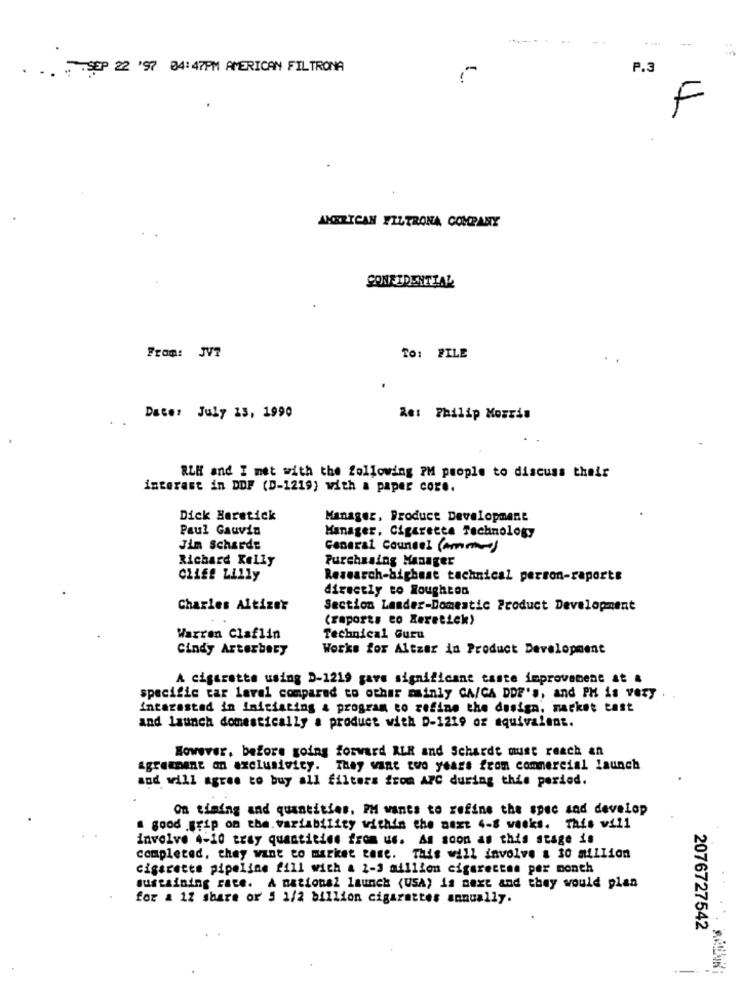
.
.. . SEP 22 '97 04:47PM AMERICAN FILTRONA
P.3
F
AMERICAN FILTRONA COMPANY
CONFIDENTIAL
From: JV7
TO: FILE
Date: July 13, 1990
Re: Philip Morris
RLH and I met with the following PM people to discuss their
interest in DDF (D-1219) with a paper core.
Dick Heretick
Manager, Product Development
Paul Gauvin
Manager, Cigaretta Technology
Jim Schardt
General Counsel (Amm)
Richard Kelly
Purchasing Manager
Cliff Lilly
Research-highest technical person-raports
directly to Roughton
Charles Altizer
Section Lander-Domestic Product Development
(raports co Keretick)
Warren Claflin
Technical Guru
Cindy Arterbary
Works for Altzar in Product Development
A cigarette using D-1219 gave significant taste improvement at &
specific car level compared to other mainly CA/CA DDF'S, and PH is very
Interested in Initiating & program to refine the design, market tast
and launch domestically a product with D-1219 or equivalent.
However, before going forward ALR and Schardt must reach an
agreement on exclusivity. They want two years from commercial launch
and will agree to buy all filters from APC during this period.
On timing and quantities, PM wants to refine the spec and develop
a good .grip on the. variability within the next 4-8 weeks. This will
involve 4-10 tray quantities from us. As soon as this stage is
completed, they want to market case. This will involve & 30 million
cigarette pipeline fill with a 2-3 million cigarettes per month
sustaining race. A national launch (USA) is next and they would plan
for a 12 share or 5 1/2 billion cigarettes annually.
2076727542